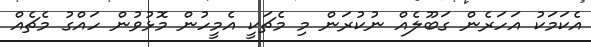
އެކަމަކު އަހަރެން ގަބޫލެއް ނުކުރަން މި މެޗަކީ އެމީހުން މޮޅުވުން ހައްގު މެޗެއް